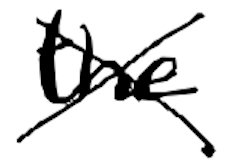
Text: the
Cross-out: cross
Writing tool: digital_black